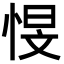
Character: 㥗